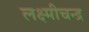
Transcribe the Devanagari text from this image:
लक्ष्मीचन्द्र